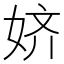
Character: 𱙑